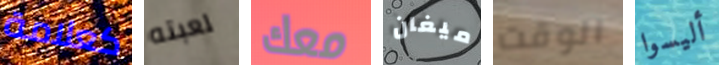
كعلامة لعبته معك ميغان الوقت أليسوا